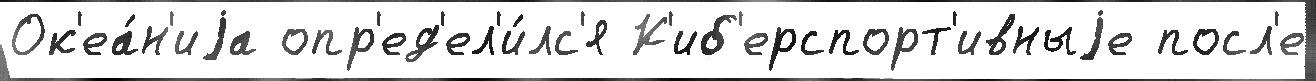
Ок'еа́н'иjа опр'ед'ел'и́лс'я К'иб'ерспорт'ивныjе посл'е